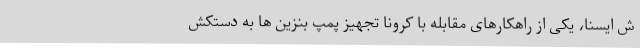
ش ایسنا، یکی از راهکارهای مقابله با کرونا تجهیز پمپ بنزین ها به دستکش